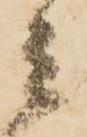
者